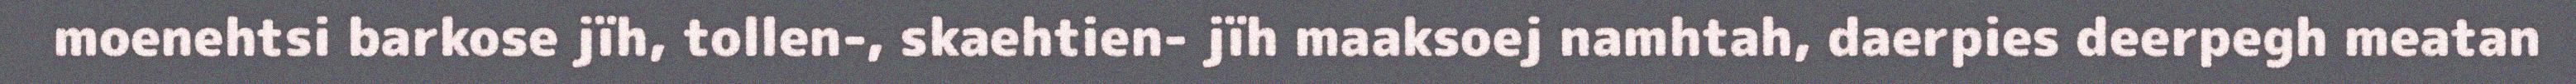
moenehtsi barkose jïh, tollen-, skaehtien- jïh maaksoej namhtah, daerpies deerpegh meatan